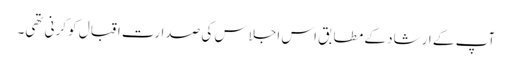
آپ کے ارشاد کے مطابق اس اجلاس کی صدارت اقبال کو کرنی تھی۔